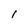
Character: 1